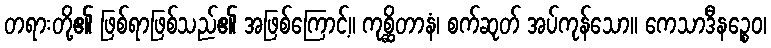
တရားတို့၏ ဖြစ်ရာဖြစ်သည်၏ အဖြစ်ကြောင့်။ ကုစ္ဆိတာနံ၊ စက်ဆုတ် အပ်ကုန်သော။ ကေသာဒီနဉ္စေဝ၊